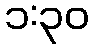
၁:၃၀